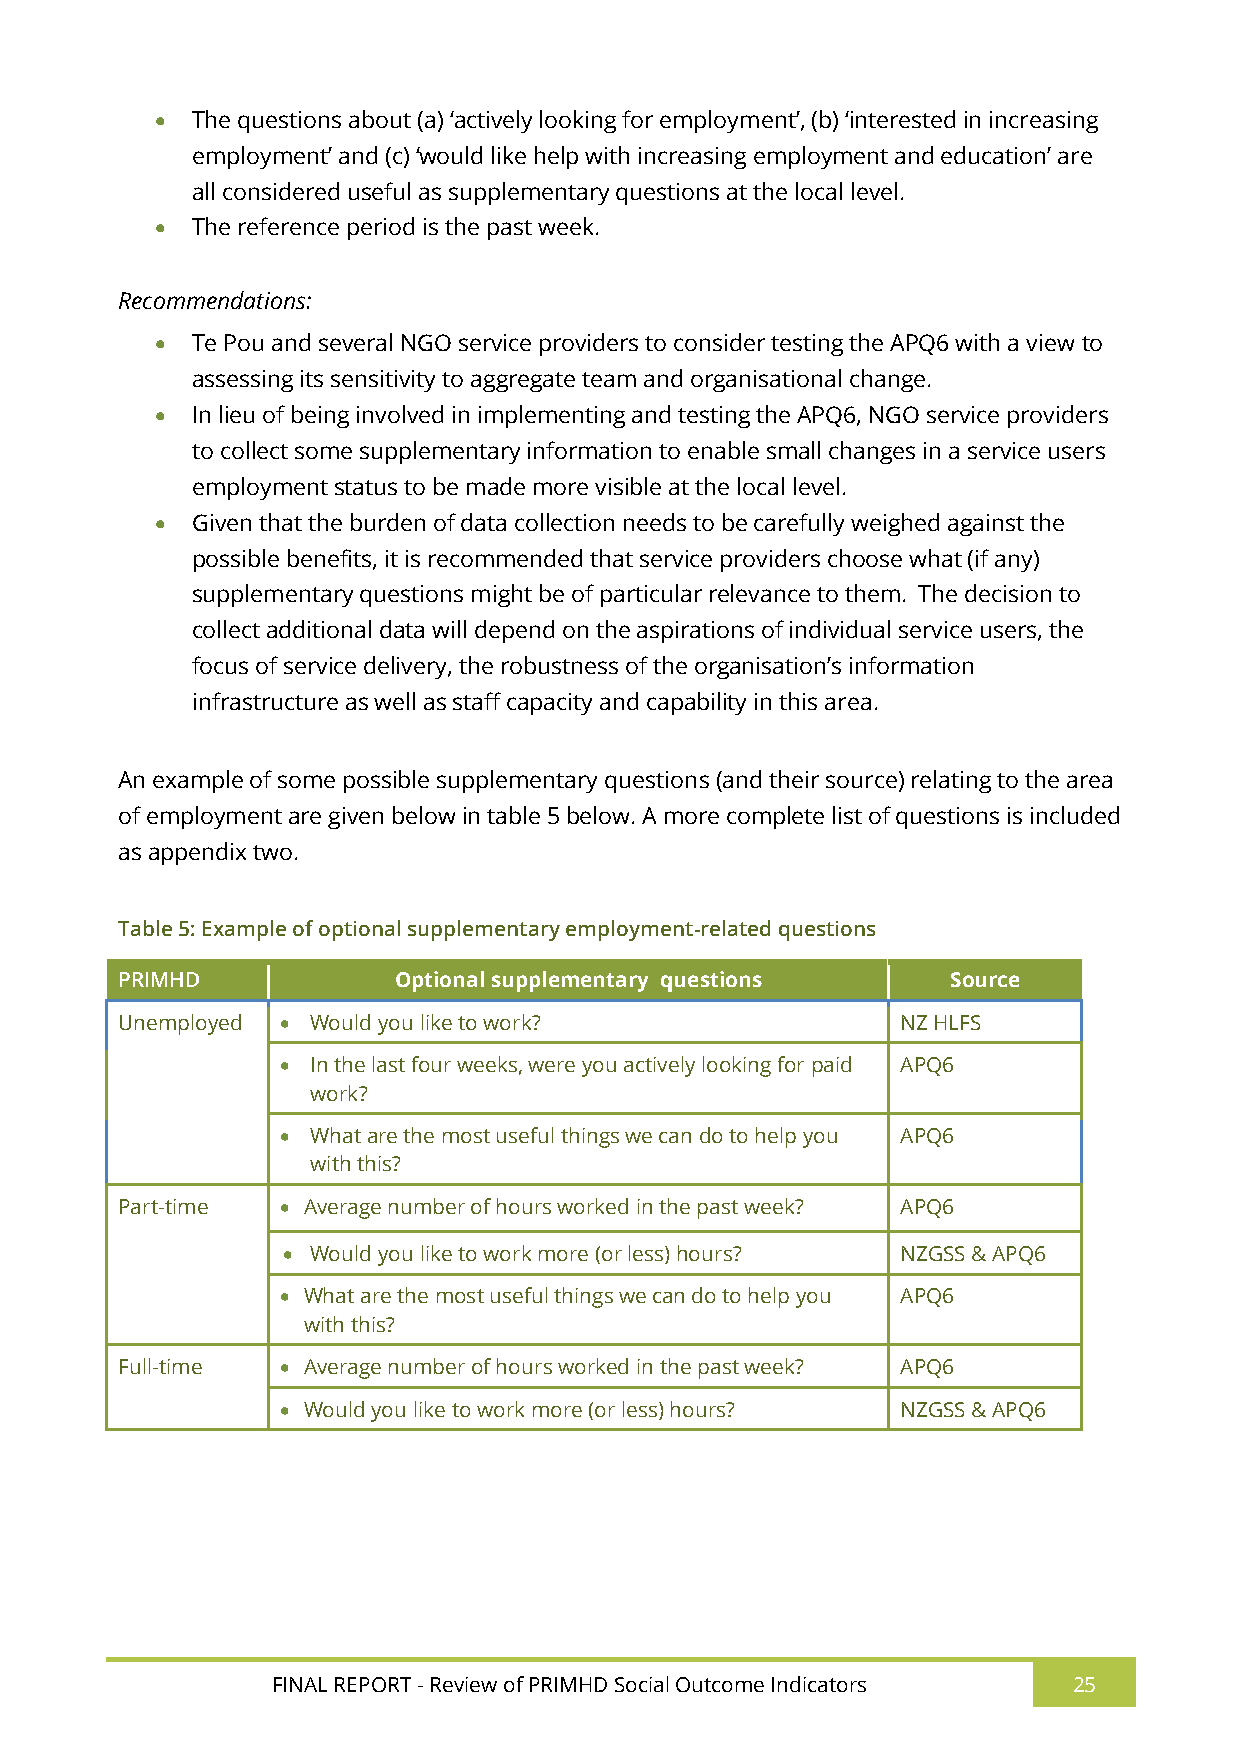
  The questions about (a) ‘actively looking for employment’, (b) ‘interested in increasing
 employment’ and (c) ‘would like help with increasing employment and education’ are
 all considered useful as supplementary questions at the local level.
   The reference period is the past week.
 Recommendations:
   Te Pou and several NGO service providers to consider testing the APQ6 with a view to
 assessing its sensitivity to aggregate team and organisational change.
   In lieu of being involved in implementing and testing the APQ6, NGO service providers
 to collect some supplementary information to enable small changes in a service users
 employment status to be made more visible at the local level.
   Given that the burden of data collection needs to be carefully weighed against the
 possible benefits, it is recommended that service providers choose what (if any)
 supplementary questions might be of particular relevance to them. The decision to
 collect additional data will depend on the aspirations of individual service users, the
 focus of service delivery, the robustness of the organisation’s information
 infrastructure as well as staff capacity and capability in this area.
 An example of some possible supplementary questions (and their source) relating to the area
 of employment are given below in table 5 below. A more complete list of questions is included
 as appendix two.
 Table 5: Example of optional supplementary employment-related questions
 PRIMHD            Optional supplementary questions     Source
 Unemployed  Would you like to work?                NZ HLFS
  In the last four weeks, were you actively looking for paid APQ6
 work?
  What are the most useful things we can do to help you APQ6
 with this?
 Part-time   Average number of hours worked in the past week? APQ6
  Would you like to work more (or less) hours? NZGSS & APQ6
  What are the most useful things we can do to help you APQ6
 with this?
 Full-time   Average number of hours worked in the past week? APQ6
  Would you like to work more (or less) hours? NZGSS & APQ6
 FINAL REPORT - Review of PRIMHD Social Outcome Indicators 25